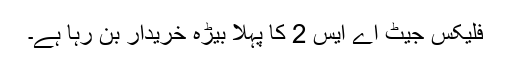
فلیکس جیٹ اے ایس 2 کا پہلا بیڑہ خریدار بن رہا ہے۔